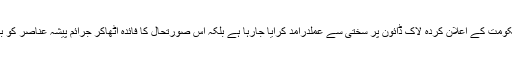
پولیس کی جانب سے نہ صرف حکومت کے اعلان کردہ لاک ڈائون پر سختی سے عملدرآمد کرایا جارہا ہے بلکہ اس صورتحال کا فائدہ اٹھاکر جرائم پیشہ عناصر کو بھی سر اٹھانے نہیں دیا جارہا ہے۔